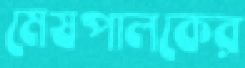
মেষপালকের